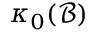
\kappa _ { 0 } ( { \mathcal { B } } )